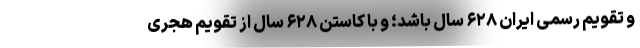
و تقویم رسمی ایران ۶۲۸ سال باشد؛ و با کاستن ۶۲۸ سال از تقویم هجری